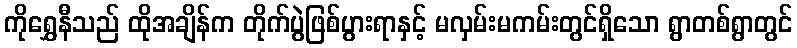
ကိုရွှေနီသည် ထိုအချိန်က တိုက်ပွဲဖြစ်ပွားရာနှင့် မလှမ်းမကမ်းတွင်ရှိသော ရွာတစ်ရွာတွင်